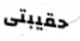
حقيبتى